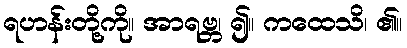
ရဟန်းတို့ကို။ အာရဗ္ဘ၊ ၍။ ကထေသိ၊ ၏။